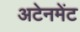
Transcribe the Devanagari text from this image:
अटेनमेंट